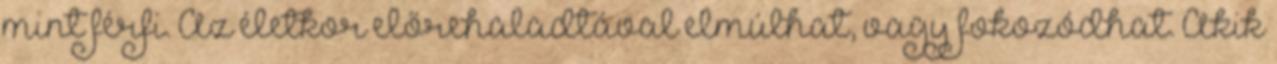
mint férfi. Az életkor előrehaladtával elmúlhat, vagy fokozódhat. Akik